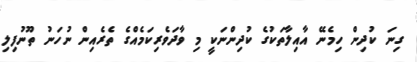
ގިނަ ކުދިން ހިމެނޭ އާއިލާތަކުގެ ކުދިންނަކީ މި ވާދަވެރިކަމެއްގެ ތެރެއިން ނުހަނު ތޫނުފިލި